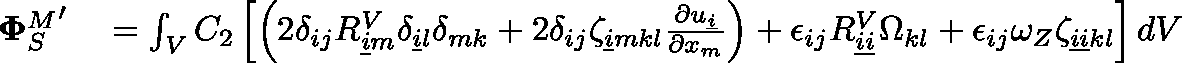
\begin{array} { r l } { { \mathbf { \Phi } _ { S } ^ { M } } ^ { \prime } } & { { } = \int _ { V } C _ { 2 } \left[ \left( 2 \delta _ { i j } R _ { \underline { { i } } m } ^ { V } \delta _ { \underline { { i } } l } \delta _ { m k } + 2 \delta _ { i j } \zeta _ { \underline { { i } } m k l } \frac { \partial u _ { \underline { { i } } } } { \partial x _ { m } } \right) + \epsilon _ { i j } R _ { \underline { { i } } \underline { { i } } } ^ { V } \Omega _ { k l } + \epsilon _ { i j } \omega _ { Z } \zeta _ { \underline { { i } } \underline { { i } } k l } \right] d V } \end{array}